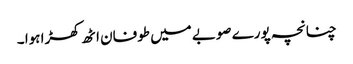
چنانچہ پورے صوبے میں طوفان اٹھ کھڑا ہوا ۔